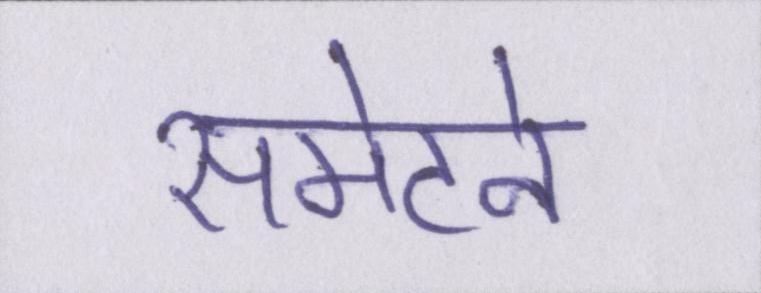
समेटने